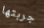
جربتها